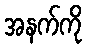
အနက်ကို